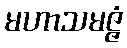
မဟာသမဇ္ဇံ